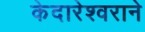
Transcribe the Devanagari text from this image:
केदारेश्वराने